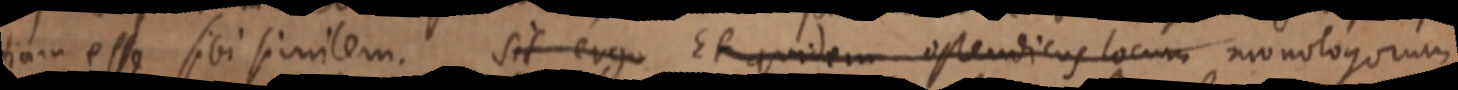
tiam esse sibi similem. sit ergo Et quidem ostendicus locum monologorum